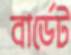
বার্ডেট